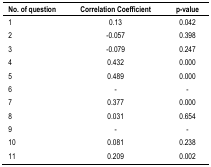
| No. of question | Correlation Coefficient | p-value |
 | --- | --- | --- |
 | 1 | 0.13 | 0.042 |
 | 2 | −0.057 | 0.398 |
 | 3 | −0.079 | 0.247 |
 | 4 | 0.432 | 0.000 |
 | 5 | 0.489 | 0.000 |
 | 6 | - | - |
 | 7 | 0.377 | 0.000 |
 | 8 | 0.031 | 0.654 |
 | 9 | - | - |
 | 10 | 0.081 | 0.238 |
 | 11 | 0.209 | 0.002 |